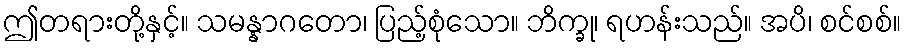
ဤတရားတို့နှင့်။ သမန္နာဂတော၊ ပြည့်စုံသော။ ဘိက္ခု၊ ရဟန်းသည်။ အပိ၊ စင်စစ်။